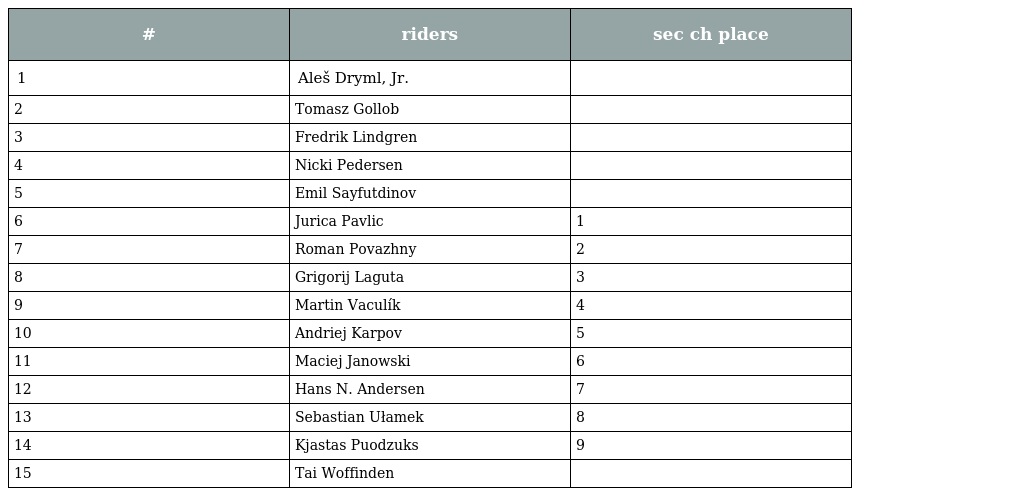
| # | riders | sec ch place |
 | --- | --- | --- |
 | 1 | Aleš Dryml, Jr. |  |
 | 2 | Tomasz Gollob |  |
 | 3 | Fredrik Lindgren |  |
 | 4 | Nicki Pedersen |  |
 | 5 | Emil Sayfutdinov |  |
 | 6 | Jurica Pavlic | 1 |
 | 7 | Roman Povazhny | 2 |
 | 8 | Grigorij Laguta | 3 |
 | 9 | Martin Vaculík | 4 |
 | 10 | Andriej Karpov | 5 |
 | 11 | Maciej Janowski | 6 |
 | 12 | Hans N. Andersen | 7 |
 | 13 | Sebastian Ułamek | 8 |
 | 14 | Kjastas Puodzuks | 9 |
 | 15 | Tai Woffinden |  |